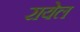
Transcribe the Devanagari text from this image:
रायेल